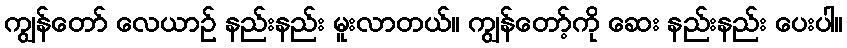
ကျွန်တော် လေယာဉ် နည်းနည်း မူးလာတယ်။ ကျွန်တော့်ကို ဆေး နည်းနည်း ပေးပါ။